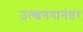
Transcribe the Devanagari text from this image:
उत्खननानंतर